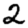
Digit: 2